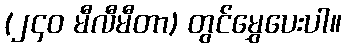
(၂၄၀ မီလီမီတာ) တွင်မွှေပေးပါ။